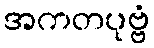
အကတပုဗ္ဗံ